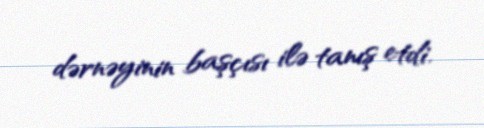
dərnəyinin başçısı ilə tanış etdi.